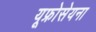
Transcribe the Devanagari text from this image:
यूफ्रोसेयना